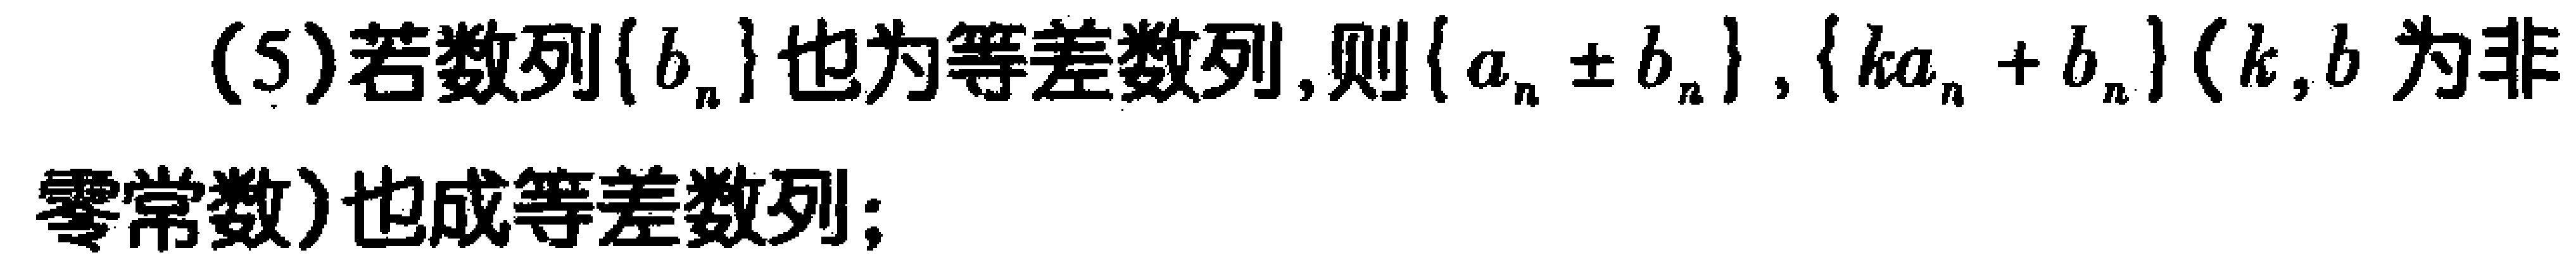
(5)若数列\(\{b_{n}\}\)也为等差数列,则\(\{a_{n}\pm b_{n}\}\),\(\{ka_{n}+b_{n}\}\)（\(k,b\)为非零常数）也成等差数列;